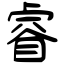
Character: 睿